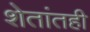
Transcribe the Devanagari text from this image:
शेतांतही